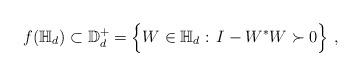
LaTeX: \begin{align*}f (\mathbb{H}_d)\subset \mathbb{D}_d^+=\Big\{W\in\mathbb{H}_d:\, I-W^*W\succ 0\Big\} \ ,\end{align*}